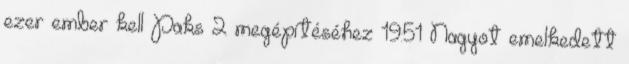
ezer ember kell Paks 2 megépítéséhez 19:51 Nagyot emelkedett